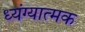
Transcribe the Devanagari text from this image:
ध्यंग्यात्मक